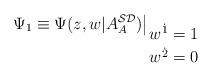
LaTeX: \begin{align*}\Psi _{1}\equiv \Psi (z,w|A_{A}^{{\cal SD}})\big |_{\displaystyle{w^{{\dot 1}}=1\atop w^{{\dot 2}}=0}}\end{align*}